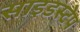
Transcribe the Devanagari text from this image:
साइडस्टेप